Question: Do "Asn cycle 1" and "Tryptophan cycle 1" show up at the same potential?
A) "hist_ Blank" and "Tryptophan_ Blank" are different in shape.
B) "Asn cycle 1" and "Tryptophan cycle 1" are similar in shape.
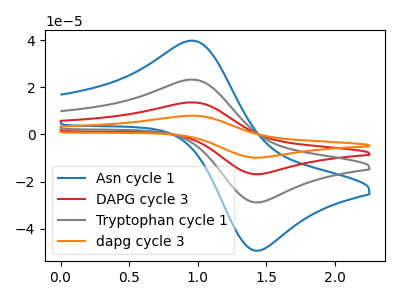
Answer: <think>The blue curve "Asn cycle 1" has an anodic peak at (0.95V, 39.75uA) and a cathodic peak at (1.40V, -49.35uA). The red curve "DAPG cycle 3" has an anodic peak at (0.95V, 46.50uA) and a cathodic peak at (1.40V, -57.70uA). The gray curve "Tryptophan cycle 1" has an anodic peak at (0.95V, 23.25uA) and a cathodic peak at (1.40V, -28.85uA). The orange curve "dapg cycle 3" has an anodic peak at (0.95V, 69.75uA) and a cathodic peak at (1.40V, -86.55uA).
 All the peaks in "Asn cycle 1" have a peak in "Tryptophan cycle 1" at the same potential. Every peak in "Asn cycle 1" is higher than every peak in "Tryptophan cycle 1".</think>
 <answer>B) "Asn cycle 1" and "Tryptophan cycle 1" are similar in shape.</answer>
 <eval>B</eval>